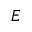
E